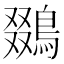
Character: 鵽